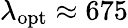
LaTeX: \lambda_{\mathrm{opt}}\approx 675